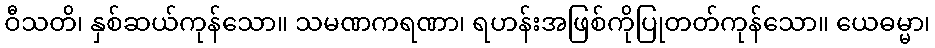
ဝီသတိ၊ နှစ်ဆယ်ကုန်သော။ သမဏကရဏာ၊ ရဟန်းအဖြစ်ကိုပြုတတ်ကုန်သော။ ယေဓမ္မာ၊